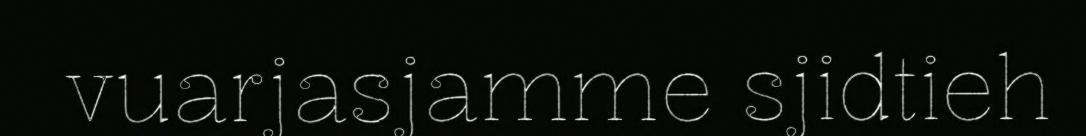
vuarjasjamme sjidtieh